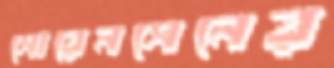
সোরেনসেনের